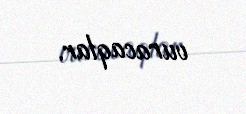
vuracaqlar.